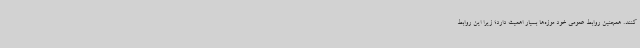
کنند. همچنین روابط عمومی خود موزه‌ها بسیار اهمیت دارد؛ زیرا این روابط